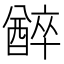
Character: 𨢅